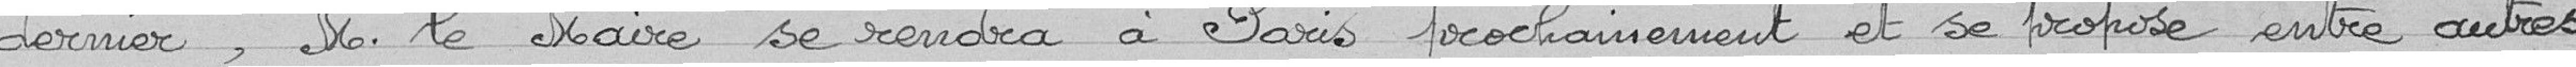
dernier, Monsieur le Maire se rendra à Paris prochainement et se propose entre autres